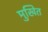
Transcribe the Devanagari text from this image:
मुखित